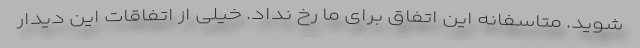
شوید. متاسفانه این اتفاق برای ما رخ نداد. خیلی از اتفاقات این دیدار